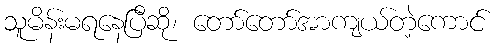
သူမိန်းမရနေပြီဆို၊ တော်တော်အာကျယ်တဲ့ကောင်